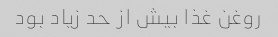
روغن غذا بیش از حد زیاد بود